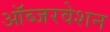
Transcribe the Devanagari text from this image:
ऑब्जरवेशन